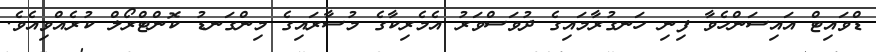
ޑްވައިޓް އައިސަންހެވާ ފިނި ހަނގުރާމައިގެ ދުވަސްވަރު އެމެރިކާގެ މުސާރައިގެ މިންގަނޑު ކޮންްޓްރޯލް ކުރެއްވިއެވެ.